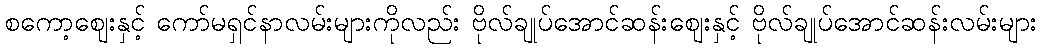
စကော့ဈေးနှင့် ကော်မရှင်နာလမ်းများကိုလည်း ဗိုလ်ချုပ်အောင်ဆန်းဈေးနှင့် ဗိုလ်ချုပ်အောင်ဆန်းလမ်းများ